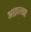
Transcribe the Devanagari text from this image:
आक्रामण